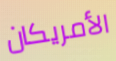
الأمريكان